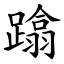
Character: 蹹